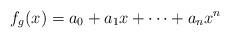
LaTeX: \begin{align*}f_g(x)=a_0+a_1 x+\cdots+a_n x^n\end{align*}